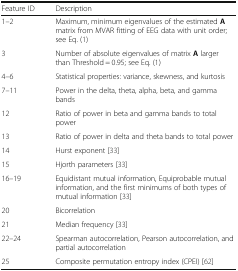
| Feature ID | Description |
 | --- | --- |
 | 1–2 | Maximum, minimum eigenvalues of the estimated A matrix from MVAR fitting of EEG data with unit order; see Eq. (1) |
 | 3 | Number of absolute eigenvalues of matrix A larger than Threshold = 0.95; see Eq. (1) |
 | 4–6 | Statistical properties: variance, skewness, and kurtosis |
 | 7–11 | Power in the delta, theta, alpha, beta, and gamma bands |
 | 12 | Ratio of power in beta and gamma bands to total power |
 | 13 | Ratio of power in delta and theta bands to total power |
 | 14 | Hurst exponent [33] |
 | 15 | Hjorth parameters [33] |
 | 16–19 | Equidistant mutual information, Equiprobable mutual information, and the first minimums of both types of mutual information [33] |
 | 20 | Bicorrelation |
 | 21 | Median frequency [33] |
 | 22–24 | Spearman autocorrelation, Pearson autocorrelation, and partial autocorrelation |
 | 25 | Composite permutation entropy index (CPEI) [62] |